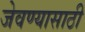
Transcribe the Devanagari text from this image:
जेवण्यासाठी